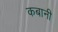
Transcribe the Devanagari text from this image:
कबानी